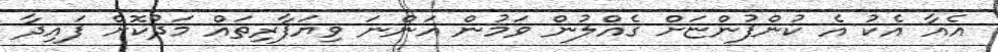
އެއާ އެކު އެ ކުންފުންޏަށް ގެއްލުން ވަމުން އަންނަ ވިޔަފާރިތައް މަދުކޮށް ފައިދާ